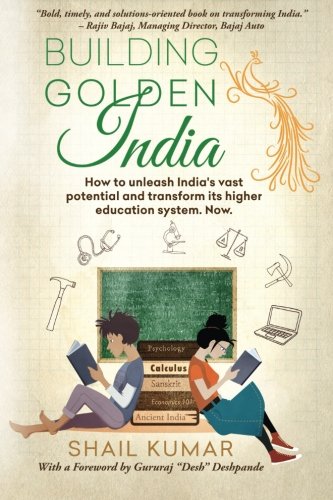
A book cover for Building Golden India: How to unleash India's vast potential and transform its higher education system. Now.; Shail Kumar; Business & Money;